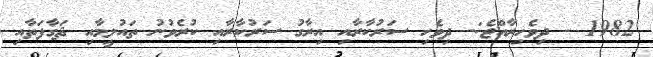
1982 - ދިވެހިރާއްޖެ:- ދިވެހި ސަރުކާރާއި އިރާގު ސަރުކާރާއި ކުރެވުނު ތައުލީމާއި ޘަގާފަތާއި